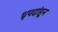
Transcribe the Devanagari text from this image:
धृपदांहून